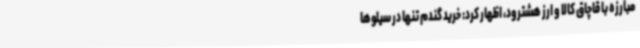
مبارزه با قاچاق کالا و ارز هشترود، اظهار کرد: خرید گندم تنها در سیلوها